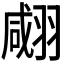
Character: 𦑘